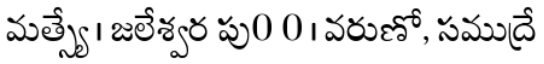
మత్స్యే । జలేశ్వర పు0 0 । వరుణో, సముద్రే